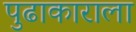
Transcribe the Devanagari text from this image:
पुढाकाराला